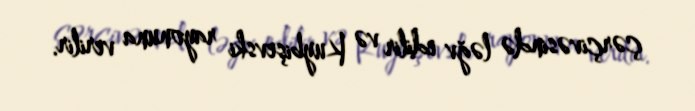
çərçivəsində ləğv edilir və Kuybişevski rayonuna verilir.